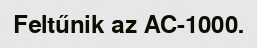
Feltűnik az AC-1000.